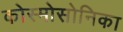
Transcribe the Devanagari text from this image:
कोस्मोसोनिका